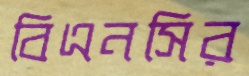
বিএনসির